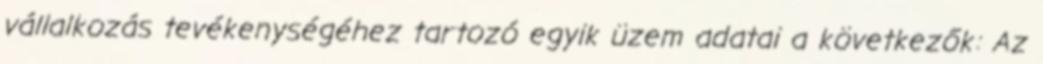
vállalkozás tevékenységéhez tartozó egyik üzem adatai a következők: Az